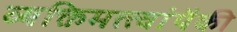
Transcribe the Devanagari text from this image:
व्यक्तिमत्त्वांपैकी